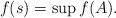
LaTeX: \begin{align*}f(s) = \sup f(A) .\end{align*}